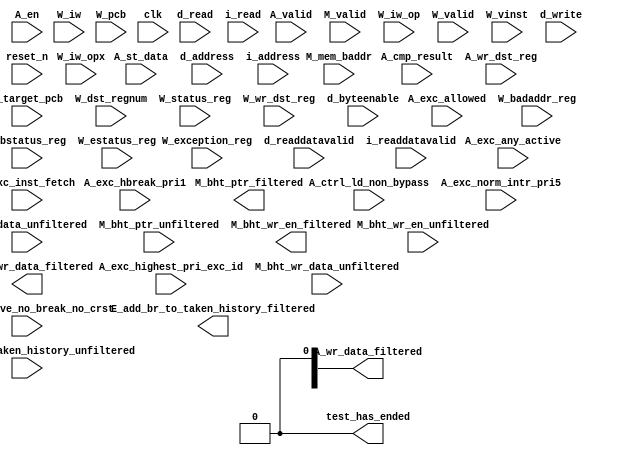
module max10_nios_basetester_cpu_cpu_test_bench (
                                                  // inputs:
                                                   A_cmp_result,
                                                   A_ctrl_ld_non_bypass,
                                                   A_en,
                                                   A_exc_active_no_break_no_crst,
                                                   A_exc_allowed,
                                                   A_exc_any_active,
                                                   A_exc_hbreak_pri1,
                                                   A_exc_highest_pri_exc_id,
                                                   A_exc_inst_fetch,
                                                   A_exc_norm_intr_pri5,
                                                   A_st_data,
                                                   A_valid,
                                                   A_wr_data_unfiltered,
                                                   A_wr_dst_reg,
                                                   E_add_br_to_taken_history_unfiltered,
                                                   M_bht_ptr_unfiltered,
                                                   M_bht_wr_data_unfiltered,
                                                   M_bht_wr_en_unfiltered,
                                                   M_mem_baddr,
                                                   M_target_pcb,
                                                   M_valid,
                                                   W_badaddr_reg,
                                                   W_bstatus_reg,
                                                   W_dst_regnum,
                                                   W_estatus_reg,
                                                   W_exception_reg,
                                                   W_iw,
                                                   W_iw_op,
                                                   W_iw_opx,
                                                   W_pcb,
                                                   W_status_reg,
                                                   W_valid,
                                                   W_vinst,
                                                   W_wr_dst_reg,
                                                   clk,
                                                   d_address,
                                                   d_byteenable,
                                                   d_read,
                                                   d_readdatavalid,
                                                   d_write,
                                                   i_address,
                                                   i_read,
                                                   i_readdatavalid,
                                                   reset_n,

                                                  // outputs:
                                                   A_wr_data_filtered,
                                                   E_add_br_to_taken_history_filtered,
                                                   M_bht_ptr_filtered,
                                                   M_bht_wr_data_filtered,
                                                   M_bht_wr_en_filtered,
                                                   test_has_ended
                                                )
;

  output  [ 31: 0] A_wr_data_filtered;
  output           E_add_br_to_taken_history_filtered;
  output  [  7: 0] M_bht_ptr_filtered;
  output  [  1: 0] M_bht_wr_data_filtered;
  output           M_bht_wr_en_filtered;
  output           test_has_ended;
  input            A_cmp_result;
  input            A_ctrl_ld_non_bypass;
  input            A_en;
  input            A_exc_active_no_break_no_crst;
  input            A_exc_allowed;
  input            A_exc_any_active;
  input            A_exc_hbreak_pri1;
  input   [ 31: 0] A_exc_highest_pri_exc_id;
  input            A_exc_inst_fetch;
  input            A_exc_norm_intr_pri5;
  input   [ 31: 0] A_st_data;
  input            A_valid;
  input   [ 31: 0] A_wr_data_unfiltered;
  input            A_wr_dst_reg;
  input            E_add_br_to_taken_history_unfiltered;
  input   [  7: 0] M_bht_ptr_unfiltered;
  input   [  1: 0] M_bht_wr_data_unfiltered;
  input            M_bht_wr_en_unfiltered;
  input   [ 16: 0] M_mem_baddr;
  input   [ 16: 0] M_target_pcb;
  input            M_valid;
  input   [ 31: 0] W_badaddr_reg;
  input   [ 31: 0] W_bstatus_reg;
  input   [  4: 0] W_dst_regnum;
  input   [ 31: 0] W_estatus_reg;
  input   [ 31: 0] W_exception_reg;
  input   [ 31: 0] W_iw;
  input   [  5: 0] W_iw_op;
  input   [  5: 0] W_iw_opx;
  input   [ 16: 0] W_pcb;
  input   [ 31: 0] W_status_reg;
  input            W_valid;
  input   [ 71: 0] W_vinst;
  input            W_wr_dst_reg;
  input            clk;
  input   [ 16: 0] d_address;
  input   [  3: 0] d_byteenable;
  input            d_read;
  input            d_readdatavalid;
  input            d_write;
  input   [ 16: 0] i_address;
  input            i_read;
  input            i_readdatavalid;
  input            reset_n;


wire             A_iw_invalid;
reg     [ 16: 0] A_mem_baddr;
reg     [ 16: 0] A_target_pcb;
wire    [ 31: 0] A_wr_data_filtered;
wire             A_wr_data_unfiltered_0_is_x;
wire             A_wr_data_unfiltered_10_is_x;
wire             A_wr_data_unfiltered_11_is_x;
wire             A_wr_data_unfiltered_12_is_x;
wire             A_wr_data_unfiltered_13_is_x;
wire             A_wr_data_unfiltered_14_is_x;
wire             A_wr_data_unfiltered_15_is_x;
wire             A_wr_data_unfiltered_16_is_x;
wire             A_wr_data_unfiltered_17_is_x;
wire             A_wr_data_unfiltered_18_is_x;
wire             A_wr_data_unfiltered_19_is_x;
wire             A_wr_data_unfiltered_1_is_x;
wire             A_wr_data_unfiltered_20_is_x;
wire             A_wr_data_unfiltered_21_is_x;
wire             A_wr_data_unfiltered_22_is_x;
wire             A_wr_data_unfiltered_23_is_x;
wire             A_wr_data_unfiltered_24_is_x;
wire             A_wr_data_unfiltered_25_is_x;
wire             A_wr_data_unfiltered_26_is_x;
wire             A_wr_data_unfiltered_27_is_x;
wire             A_wr_data_unfiltered_28_is_x;
wire             A_wr_data_unfiltered_29_is_x;
wire             A_wr_data_unfiltered_2_is_x;
wire             A_wr_data_unfiltered_30_is_x;
wire             A_wr_data_unfiltered_31_is_x;
wire             A_wr_data_unfiltered_3_is_x;
wire             A_wr_data_unfiltered_4_is_x;
wire             A_wr_data_unfiltered_5_is_x;
wire             A_wr_data_unfiltered_6_is_x;
wire             A_wr_data_unfiltered_7_is_x;
wire             A_wr_data_unfiltered_8_is_x;
wire             A_wr_data_unfiltered_9_is_x;
wire             E_add_br_to_taken_history_filtered;
wire             E_add_br_to_taken_history_unfiltered_is_x;
wire    [  7: 0] M_bht_ptr_filtered;
wire             M_bht_ptr_unfiltered_0_is_x;
wire             M_bht_ptr_unfiltered_1_is_x;
wire             M_bht_ptr_unfiltered_2_is_x;
wire             M_bht_ptr_unfiltered_3_is_x;
wire             M_bht_ptr_unfiltered_4_is_x;
wire             M_bht_ptr_unfiltered_5_is_x;
wire             M_bht_ptr_unfiltered_6_is_x;
wire             M_bht_ptr_unfiltered_7_is_x;
wire    [  1: 0] M_bht_wr_data_filtered;
wire             M_bht_wr_data_unfiltered_0_is_x;
wire             M_bht_wr_data_unfiltered_1_is_x;
wire             M_bht_wr_en_filtered;
wire             M_bht_wr_en_unfiltered_is_x;
reg              W_cmp_result;
reg              W_exc_any_active;
reg     [ 31: 0] W_exc_highest_pri_exc_id;
wire             W_is_opx_inst;
reg              W_iw_invalid;
wire             W_op_add;
wire             W_op_addi;
wire             W_op_and;
wire             W_op_andhi;
wire             W_op_andi;
wire             W_op_beq;
wire             W_op_bge;
wire             W_op_bgeu;
wire             W_op_blt;
wire             W_op_bltu;
wire             W_op_bne;
wire             W_op_br;
wire             W_op_break;
wire             W_op_bret;
wire             W_op_call;
wire             W_op_callr;
wire             W_op_cmpeq;
wire             W_op_cmpeqi;
wire             W_op_cmpge;
wire             W_op_cmpgei;
wire             W_op_cmpgeu;
wire             W_op_cmpgeui;
wire             W_op_cmplt;
wire             W_op_cmplti;
wire             W_op_cmpltu;
wire             W_op_cmpltui;
wire             W_op_cmpne;
wire             W_op_cmpnei;
wire             W_op_crst;
wire             W_op_custom;
wire             W_op_div;
wire             W_op_divu;
wire             W_op_eret;
wire             W_op_flushd;
wire             W_op_flushda;
wire             W_op_flushi;
wire             W_op_flushp;
wire             W_op_hbreak;
wire             W_op_initd;
wire             W_op_initda;
wire             W_op_initi;
wire             W_op_intr;
wire             W_op_jmp;
wire             W_op_jmpi;
wire             W_op_ldb;
wire             W_op_ldbio;
wire             W_op_ldbu;
wire             W_op_ldbuio;
wire             W_op_ldh;
wire             W_op_ldhio;
wire             W_op_ldhu;
wire             W_op_ldhuio;
wire             W_op_ldl;
wire             W_op_ldw;
wire             W_op_ldwio;
wire             W_op_mul;
wire             W_op_muli;
wire             W_op_mulxss;
wire             W_op_mulxsu;
wire             W_op_mulxuu;
wire             W_op_nextpc;
wire             W_op_nor;
wire             W_op_op_rsv02;
wire             W_op_op_rsv09;
wire             W_op_op_rsv10;
wire             W_op_op_rsv17;
wire             W_op_op_rsv18;
wire             W_op_op_rsv25;
wire             W_op_op_rsv26;
wire             W_op_op_rsv33;
wire             W_op_op_rsv34;
wire             W_op_op_rsv41;
wire             W_op_op_rsv42;
wire             W_op_op_rsv49;
wire             W_op_op_rsv57;
wire             W_op_op_rsv61;
wire             W_op_op_rsv62;
wire             W_op_op_rsv63;
wire             W_op_opx_rsv00;
wire             W_op_opx_rsv10;
wire             W_op_opx_rsv15;
wire             W_op_opx_rsv17;
wire             W_op_opx_rsv21;
wire             W_op_opx_rsv25;
wire             W_op_opx_rsv33;
wire             W_op_opx_rsv34;
wire             W_op_opx_rsv35;
wire             W_op_opx_rsv42;
wire             W_op_opx_rsv43;
wire             W_op_opx_rsv44;
wire             W_op_opx_rsv47;
wire             W_op_opx_rsv50;
wire             W_op_opx_rsv51;
wire             W_op_opx_rsv55;
wire             W_op_opx_rsv56;
wire             W_op_opx_rsv60;
wire             W_op_opx_rsv63;
wire             W_op_or;
wire             W_op_orhi;
wire             W_op_ori;
wire             W_op_rdctl;
wire             W_op_rdprs;
wire             W_op_ret;
wire             W_op_rol;
wire             W_op_roli;
wire             W_op_ror;
wire             W_op_sll;
wire             W_op_slli;
wire             W_op_sra;
wire             W_op_srai;
wire             W_op_srl;
wire             W_op_srli;
wire             W_op_stb;
wire             W_op_stbio;
wire             W_op_stc;
wire             W_op_sth;
wire             W_op_sthio;
wire             W_op_stw;
wire             W_op_stwio;
wire             W_op_sub;
wire             W_op_sync;
wire             W_op_trap;
wire             W_op_wrctl;
wire             W_op_wrprs;
wire             W_op_xor;
wire             W_op_xorhi;
wire             W_op_xori;
reg     [ 31: 0] W_st_data;
reg     [ 16: 0] W_target_pcb;
reg              W_valid_crst;
reg              W_valid_hbreak;
reg              W_valid_intr;
reg     [ 31: 0] W_wr_data_filtered;
wire             test_has_ended;
  assign W_op_call = W_iw_op == 0;
  assign W_op_jmpi = W_iw_op == 1;
  assign W_op_op_rsv02 = W_iw_op == 2;
  assign W_op_ldbu = W_iw_op == 3;
  assign W_op_addi = W_iw_op == 4;
  assign W_op_stb = W_iw_op == 5;
  assign W_op_br = W_iw_op == 6;
  assign W_op_ldb = W_iw_op == 7;
  assign W_op_cmpgei = W_iw_op == 8;
  assign W_op_op_rsv09 = W_iw_op == 9;
  assign W_op_op_rsv10 = W_iw_op == 10;
  assign W_op_ldhu = W_iw_op == 11;
  assign W_op_andi = W_iw_op == 12;
  assign W_op_sth = W_iw_op == 13;
  assign W_op_bge = W_iw_op == 14;
  assign W_op_ldh = W_iw_op == 15;
  assign W_op_cmplti = W_iw_op == 16;
  assign W_op_op_rsv17 = W_iw_op == 17;
  assign W_op_op_rsv18 = W_iw_op == 18;
  assign W_op_initda = W_iw_op == 19;
  assign W_op_ori = W_iw_op == 20;
  assign W_op_stw = W_iw_op == 21;
  assign W_op_blt = W_iw_op == 22;
  assign W_op_ldw = W_iw_op == 23;
  assign W_op_cmpnei = W_iw_op == 24;
  assign W_op_op_rsv25 = W_iw_op == 25;
  assign W_op_op_rsv26 = W_iw_op == 26;
  assign W_op_flushda = W_iw_op == 27;
  assign W_op_xori = W_iw_op == 28;
  assign W_op_stc = W_iw_op == 29;
  assign W_op_bne = W_iw_op == 30;
  assign W_op_ldl = W_iw_op == 31;
  assign W_op_cmpeqi = W_iw_op == 32;
  assign W_op_op_rsv33 = W_iw_op == 33;
  assign W_op_op_rsv34 = W_iw_op == 34;
  assign W_op_ldbuio = W_iw_op == 35;
  assign W_op_muli = W_iw_op == 36;
  assign W_op_stbio = W_iw_op == 37;
  assign W_op_beq = W_iw_op == 38;
  assign W_op_ldbio = W_iw_op == 39;
  assign W_op_cmpgeui = W_iw_op == 40;
  assign W_op_op_rsv41 = W_iw_op == 41;
  assign W_op_op_rsv42 = W_iw_op == 42;
  assign W_op_ldhuio = W_iw_op == 43;
  assign W_op_andhi = W_iw_op == 44;
  assign W_op_sthio = W_iw_op == 45;
  assign W_op_bgeu = W_iw_op == 46;
  assign W_op_ldhio = W_iw_op == 47;
  assign W_op_cmpltui = W_iw_op == 48;
  assign W_op_op_rsv49 = W_iw_op == 49;
  assign W_op_custom = W_iw_op == 50;
  assign W_op_initd = W_iw_op == 51;
  assign W_op_orhi = W_iw_op == 52;
  assign W_op_stwio = W_iw_op == 53;
  assign W_op_bltu = W_iw_op == 54;
  assign W_op_ldwio = W_iw_op == 55;
  assign W_op_rdprs = W_iw_op == 56;
  assign W_op_op_rsv57 = W_iw_op == 57;
  assign W_op_flushd = W_iw_op == 59;
  assign W_op_xorhi = W_iw_op == 60;
  assign W_op_op_rsv61 = W_iw_op == 61;
  assign W_op_op_rsv62 = W_iw_op == 62;
  assign W_op_op_rsv63 = W_iw_op == 63;
  assign W_op_opx_rsv00 = (W_iw_opx == 0) & W_is_opx_inst;
  assign W_op_eret = (W_iw_opx == 1) & W_is_opx_inst;
  assign W_op_roli = (W_iw_opx == 2) & W_is_opx_inst;
  assign W_op_rol = (W_iw_opx == 3) & W_is_opx_inst;
  assign W_op_flushp = (W_iw_opx == 4) & W_is_opx_inst;
  assign W_op_ret = (W_iw_opx == 5) & W_is_opx_inst;
  assign W_op_nor = (W_iw_opx == 6) & W_is_opx_inst;
  assign W_op_mulxuu = (W_iw_opx == 7) & W_is_opx_inst;
  assign W_op_cmpge = (W_iw_opx == 8) & W_is_opx_inst;
  assign W_op_bret = (W_iw_opx == 9) & W_is_opx_inst;
  assign W_op_opx_rsv10 = (W_iw_opx == 10) & W_is_opx_inst;
  assign W_op_ror = (W_iw_opx == 11) & W_is_opx_inst;
  assign W_op_flushi = (W_iw_opx == 12) & W_is_opx_inst;
  assign W_op_jmp = (W_iw_opx == 13) & W_is_opx_inst;
  assign W_op_and = (W_iw_opx == 14) & W_is_opx_inst;
  assign W_op_opx_rsv15 = (W_iw_opx == 15) & W_is_opx_inst;
  assign W_op_cmplt = (W_iw_opx == 16) & W_is_opx_inst;
  assign W_op_opx_rsv17 = (W_iw_opx == 17) & W_is_opx_inst;
  assign W_op_slli = (W_iw_opx == 18) & W_is_opx_inst;
  assign W_op_sll = (W_iw_opx == 19) & W_is_opx_inst;
  assign W_op_wrprs = (W_iw_opx == 20) & W_is_opx_inst;
  assign W_op_opx_rsv21 = (W_iw_opx == 21) & W_is_opx_inst;
  assign W_op_or = (W_iw_opx == 22) & W_is_opx_inst;
  assign W_op_mulxsu = (W_iw_opx == 23) & W_is_opx_inst;
  assign W_op_cmpne = (W_iw_opx == 24) & W_is_opx_inst;
  assign W_op_opx_rsv25 = (W_iw_opx == 25) & W_is_opx_inst;
  assign W_op_srli = (W_iw_opx == 26) & W_is_opx_inst;
  assign W_op_srl = (W_iw_opx == 27) & W_is_opx_inst;
  assign W_op_nextpc = (W_iw_opx == 28) & W_is_opx_inst;
  assign W_op_callr = (W_iw_opx == 29) & W_is_opx_inst;
  assign W_op_xor = (W_iw_opx == 30) & W_is_opx_inst;
  assign W_op_mulxss = (W_iw_opx == 31) & W_is_opx_inst;
  assign W_op_cmpeq = (W_iw_opx == 32) & W_is_opx_inst;
  assign W_op_opx_rsv33 = (W_iw_opx == 33) & W_is_opx_inst;
  assign W_op_opx_rsv34 = (W_iw_opx == 34) & W_is_opx_inst;
  assign W_op_opx_rsv35 = (W_iw_opx == 35) & W_is_opx_inst;
  assign W_op_divu = (W_iw_opx == 36) & W_is_opx_inst;
  assign W_op_div = (W_iw_opx == 37) & W_is_opx_inst;
  assign W_op_rdctl = (W_iw_opx == 38) & W_is_opx_inst;
  assign W_op_mul = (W_iw_opx == 39) & W_is_opx_inst;
  assign W_op_cmpgeu = (W_iw_opx == 40) & W_is_opx_inst;
  assign W_op_initi = (W_iw_opx == 41) & W_is_opx_inst;
  assign W_op_opx_rsv42 = (W_iw_opx == 42) & W_is_opx_inst;
  assign W_op_opx_rsv43 = (W_iw_opx == 43) & W_is_opx_inst;
  assign W_op_opx_rsv44 = (W_iw_opx == 44) & W_is_opx_inst;
  assign W_op_trap = (W_iw_opx == 45) & W_is_opx_inst;
  assign W_op_wrctl = (W_iw_opx == 46) & W_is_opx_inst;
  assign W_op_opx_rsv47 = (W_iw_opx == 47) & W_is_opx_inst;
  assign W_op_cmpltu = (W_iw_opx == 48) & W_is_opx_inst;
  assign W_op_add = (W_iw_opx == 49) & W_is_opx_inst;
  assign W_op_opx_rsv50 = (W_iw_opx == 50) & W_is_opx_inst;
  assign W_op_opx_rsv51 = (W_iw_opx == 51) & W_is_opx_inst;
  assign W_op_break = (W_iw_opx == 52) & W_is_opx_inst;
  assign W_op_hbreak = (W_iw_opx == 53) & W_is_opx_inst;
  assign W_op_sync = (W_iw_opx == 54) & W_is_opx_inst;
  assign W_op_opx_rsv55 = (W_iw_opx == 55) & W_is_opx_inst;
  assign W_op_opx_rsv56 = (W_iw_opx == 56) & W_is_opx_inst;
  assign W_op_sub = (W_iw_opx == 57) & W_is_opx_inst;
  assign W_op_srai = (W_iw_opx == 58) & W_is_opx_inst;
  assign W_op_sra = (W_iw_opx == 59) & W_is_opx_inst;
  assign W_op_opx_rsv60 = (W_iw_opx == 60) & W_is_opx_inst;
  assign W_op_intr = (W_iw_opx == 61) & W_is_opx_inst;
  assign W_op_crst = (W_iw_opx == 62) & W_is_opx_inst;
  assign W_op_opx_rsv63 = (W_iw_opx == 63) & W_is_opx_inst;
  assign W_is_opx_inst = W_iw_op == 58;
  always @(posedge clk or negedge reset_n)
    begin
      if (reset_n == 0)
          A_target_pcb <= 0;
      else if (A_en)
          A_target_pcb <= M_target_pcb;
    end


  always @(posedge clk or negedge reset_n)
    begin
      if (reset_n == 0)
          A_mem_baddr <= 0;
      else if (A_en)
          A_mem_baddr <= M_mem_baddr;
    end


  always @(posedge clk or negedge reset_n)
    begin
      if (reset_n == 0)
          W_wr_data_filtered <= 0;
      else 
        W_wr_data_filtered <= A_wr_data_filtered;
    end


  always @(posedge clk or negedge reset_n)
    begin
      if (reset_n == 0)
          W_st_data <= 0;
      else 
        W_st_data <= A_st_data;
    end


  always @(posedge clk or negedge reset_n)
    begin
      if (reset_n == 0)
          W_cmp_result <= 0;
      else 
        W_cmp_result <= A_cmp_result;
    end


  always @(posedge clk or negedge reset_n)
    begin
      if (reset_n == 0)
          W_target_pcb <= 0;
      else 
        W_target_pcb <= A_target_pcb;
    end


  always @(posedge clk or negedge reset_n)
    begin
      if (reset_n == 0)
          W_valid_hbreak <= 0;
      else 
        W_valid_hbreak <= A_exc_allowed & A_exc_hbreak_pri1;
    end


  always @(posedge clk or negedge reset_n)
    begin
      if (reset_n == 0)
          W_valid_crst <= 0;
      else 
        W_valid_crst <= A_exc_allowed & 0;
    end


  always @(posedge clk or negedge reset_n)
    begin
      if (reset_n == 0)
          W_valid_intr <= 0;
      else 
        W_valid_intr <= A_exc_allowed & A_exc_norm_intr_pri5;
    end


  always @(posedge clk or negedge reset_n)
    begin
      if (reset_n == 0)
          W_exc_any_active <= 0;
      else 
        W_exc_any_active <= A_exc_any_active;
    end


  always @(posedge clk or negedge reset_n)
    begin
      if (reset_n == 0)
          W_exc_highest_pri_exc_id <= 0;
      else 
        W_exc_highest_pri_exc_id <= A_exc_highest_pri_exc_id;
    end


  assign A_iw_invalid = A_exc_inst_fetch & A_exc_active_no_break_no_crst;
  always @(posedge clk or negedge reset_n)
    begin
      if (reset_n == 0)
          W_iw_invalid <= 0;
      else 
        W_iw_invalid <= A_iw_invalid;
    end


  assign test_has_ended = 1'b0;

//synthesis translate_off
//////////////// SIMULATION-ONLY CONTENTS
  //Clearing 'X' data bits
  assign A_wr_data_unfiltered_0_is_x = ^(A_wr_data_unfiltered[0]) === 1'bx;

  assign A_wr_data_filtered[0] = (A_wr_data_unfiltered_0_is_x & (A_ctrl_ld_non_bypass)) ? 1'b0 : A_wr_data_unfiltered[0];
  assign A_wr_data_unfiltered_1_is_x = ^(A_wr_data_unfiltered[1]) === 1'bx;
  assign A_wr_data_filtered[1] = (A_wr_data_unfiltered_1_is_x & (A_ctrl_ld_non_bypass)) ? 1'b0 : A_wr_data_unfiltered[1];
  assign A_wr_data_unfiltered_2_is_x = ^(A_wr_data_unfiltered[2]) === 1'bx;
  assign A_wr_data_filtered[2] = (A_wr_data_unfiltered_2_is_x & (A_ctrl_ld_non_bypass)) ? 1'b0 : A_wr_data_unfiltered[2];
  assign A_wr_data_unfiltered_3_is_x = ^(A_wr_data_unfiltered[3]) === 1'bx;
  assign A_wr_data_filtered[3] = (A_wr_data_unfiltered_3_is_x & (A_ctrl_ld_non_bypass)) ? 1'b0 : A_wr_data_unfiltered[3];
  assign A_wr_data_unfiltered_4_is_x = ^(A_wr_data_unfiltered[4]) === 1'bx;
  assign A_wr_data_filtered[4] = (A_wr_data_unfiltered_4_is_x & (A_ctrl_ld_non_bypass)) ? 1'b0 : A_wr_data_unfiltered[4];
  assign A_wr_data_unfiltered_5_is_x = ^(A_wr_data_unfiltered[5]) === 1'bx;
  assign A_wr_data_filtered[5] = (A_wr_data_unfiltered_5_is_x & (A_ctrl_ld_non_bypass)) ? 1'b0 : A_wr_data_unfiltered[5];
  assign A_wr_data_unfiltered_6_is_x = ^(A_wr_data_unfiltered[6]) === 1'bx;
  assign A_wr_data_filtered[6] = (A_wr_data_unfiltered_6_is_x & (A_ctrl_ld_non_bypass)) ? 1'b0 : A_wr_data_unfiltered[6];
  assign A_wr_data_unfiltered_7_is_x = ^(A_wr_data_unfiltered[7]) === 1'bx;
  assign A_wr_data_filtered[7] = (A_wr_data_unfiltered_7_is_x & (A_ctrl_ld_non_bypass)) ? 1'b0 : A_wr_data_unfiltered[7];
  assign A_wr_data_unfiltered_8_is_x = ^(A_wr_data_unfiltered[8]) === 1'bx;
  assign A_wr_data_filtered[8] = (A_wr_data_unfiltered_8_is_x & (A_ctrl_ld_non_bypass)) ? 1'b0 : A_wr_data_unfiltered[8];
  assign A_wr_data_unfiltered_9_is_x = ^(A_wr_data_unfiltered[9]) === 1'bx;
  assign A_wr_data_filtered[9] = (A_wr_data_unfiltered_9_is_x & (A_ctrl_ld_non_bypass)) ? 1'b0 : A_wr_data_unfiltered[9];
  assign A_wr_data_unfiltered_10_is_x = ^(A_wr_data_unfiltered[10]) === 1'bx;
  assign A_wr_data_filtered[10] = (A_wr_data_unfiltered_10_is_x & (A_ctrl_ld_non_bypass)) ? 1'b0 : A_wr_data_unfiltered[10];
  assign A_wr_data_unfiltered_11_is_x = ^(A_wr_data_unfiltered[11]) === 1'bx;
  assign A_wr_data_filtered[11] = (A_wr_data_unfiltered_11_is_x & (A_ctrl_ld_non_bypass)) ? 1'b0 : A_wr_data_unfiltered[11];
  assign A_wr_data_unfiltered_12_is_x = ^(A_wr_data_unfiltered[12]) === 1'bx;
  assign A_wr_data_filtered[12] = (A_wr_data_unfiltered_12_is_x & (A_ctrl_ld_non_bypass)) ? 1'b0 : A_wr_data_unfiltered[12];
  assign A_wr_data_unfiltered_13_is_x = ^(A_wr_data_unfiltered[13]) === 1'bx;
  assign A_wr_data_filtered[13] = (A_wr_data_unfiltered_13_is_x & (A_ctrl_ld_non_bypass)) ? 1'b0 : A_wr_data_unfiltered[13];
  assign A_wr_data_unfiltered_14_is_x = ^(A_wr_data_unfiltered[14]) === 1'bx;
  assign A_wr_data_filtered[14] = (A_wr_data_unfiltered_14_is_x & (A_ctrl_ld_non_bypass)) ? 1'b0 : A_wr_data_unfiltered[14];
  assign A_wr_data_unfiltered_15_is_x = ^(A_wr_data_unfiltered[15]) === 1'bx;
  assign A_wr_data_filtered[15] = (A_wr_data_unfiltered_15_is_x & (A_ctrl_ld_non_bypass)) ? 1'b0 : A_wr_data_unfiltered[15];
  assign A_wr_data_unfiltered_16_is_x = ^(A_wr_data_unfiltered[16]) === 1'bx;
  assign A_wr_data_filtered[16] = (A_wr_data_unfiltered_16_is_x & (A_ctrl_ld_non_bypass)) ? 1'b0 : A_wr_data_unfiltered[16];
  assign A_wr_data_unfiltered_17_is_x = ^(A_wr_data_unfiltered[17]) === 1'bx;
  assign A_wr_data_filtered[17] = (A_wr_data_unfiltered_17_is_x & (A_ctrl_ld_non_bypass)) ? 1'b0 : A_wr_data_unfiltered[17];
  assign A_wr_data_unfiltered_18_is_x = ^(A_wr_data_unfiltered[18]) === 1'bx;
  assign A_wr_data_filtered[18] = (A_wr_data_unfiltered_18_is_x & (A_ctrl_ld_non_bypass)) ? 1'b0 : A_wr_data_unfiltered[18];
  assign A_wr_data_unfiltered_19_is_x = ^(A_wr_data_unfiltered[19]) === 1'bx;
  assign A_wr_data_filtered[19] = (A_wr_data_unfiltered_19_is_x & (A_ctrl_ld_non_bypass)) ? 1'b0 : A_wr_data_unfiltered[19];
  assign A_wr_data_unfiltered_20_is_x = ^(A_wr_data_unfiltered[20]) === 1'bx;
  assign A_wr_data_filtered[20] = (A_wr_data_unfiltered_20_is_x & (A_ctrl_ld_non_bypass)) ? 1'b0 : A_wr_data_unfiltered[20];
  assign A_wr_data_unfiltered_21_is_x = ^(A_wr_data_unfiltered[21]) === 1'bx;
  assign A_wr_data_filtered[21] = (A_wr_data_unfiltered_21_is_x & (A_ctrl_ld_non_bypass)) ? 1'b0 : A_wr_data_unfiltered[21];
  assign A_wr_data_unfiltered_22_is_x = ^(A_wr_data_unfiltered[22]) === 1'bx;
  assign A_wr_data_filtered[22] = (A_wr_data_unfiltered_22_is_x & (A_ctrl_ld_non_bypass)) ? 1'b0 : A_wr_data_unfiltered[22];
  assign A_wr_data_unfiltered_23_is_x = ^(A_wr_data_unfiltered[23]) === 1'bx;
  assign A_wr_data_filtered[23] = (A_wr_data_unfiltered_23_is_x & (A_ctrl_ld_non_bypass)) ? 1'b0 : A_wr_data_unfiltered[23];
  assign A_wr_data_unfiltered_24_is_x = ^(A_wr_data_unfiltered[24]) === 1'bx;
  assign A_wr_data_filtered[24] = (A_wr_data_unfiltered_24_is_x & (A_ctrl_ld_non_bypass)) ? 1'b0 : A_wr_data_unfiltered[24];
  assign A_wr_data_unfiltered_25_is_x = ^(A_wr_data_unfiltered[25]) === 1'bx;
  assign A_wr_data_filtered[25] = (A_wr_data_unfiltered_25_is_x & (A_ctrl_ld_non_bypass)) ? 1'b0 : A_wr_data_unfiltered[25];
  assign A_wr_data_unfiltered_26_is_x = ^(A_wr_data_unfiltered[26]) === 1'bx;
  assign A_wr_data_filtered[26] = (A_wr_data_unfiltered_26_is_x & (A_ctrl_ld_non_bypass)) ? 1'b0 : A_wr_data_unfiltered[26];
  assign A_wr_data_unfiltered_27_is_x = ^(A_wr_data_unfiltered[27]) === 1'bx;
  assign A_wr_data_filtered[27] = (A_wr_data_unfiltered_27_is_x & (A_ctrl_ld_non_bypass)) ? 1'b0 : A_wr_data_unfiltered[27];
  assign A_wr_data_unfiltered_28_is_x = ^(A_wr_data_unfiltered[28]) === 1'bx;
  assign A_wr_data_filtered[28] = (A_wr_data_unfiltered_28_is_x & (A_ctrl_ld_non_bypass)) ? 1'b0 : A_wr_data_unfiltered[28];
  assign A_wr_data_unfiltered_29_is_x = ^(A_wr_data_unfiltered[29]) === 1'bx;
  assign A_wr_data_filtered[29] = (A_wr_data_unfiltered_29_is_x & (A_ctrl_ld_non_bypass)) ? 1'b0 : A_wr_data_unfiltered[29];
  assign A_wr_data_unfiltered_30_is_x = ^(A_wr_data_unfiltered[30]) === 1'bx;
  assign A_wr_data_filtered[30] = (A_wr_data_unfiltered_30_is_x & (A_ctrl_ld_non_bypass)) ? 1'b0 : A_wr_data_unfiltered[30];
  assign A_wr_data_unfiltered_31_is_x = ^(A_wr_data_unfiltered[31]) === 1'bx;
  assign A_wr_data_filtered[31] = (A_wr_data_unfiltered_31_is_x & (A_ctrl_ld_non_bypass)) ? 1'b0 : A_wr_data_unfiltered[31];
  //Clearing 'X' data bits
  assign E_add_br_to_taken_history_unfiltered_is_x = ^(E_add_br_to_taken_history_unfiltered) === 1'bx;

  assign E_add_br_to_taken_history_filtered = E_add_br_to_taken_history_unfiltered_is_x ? 1'b0 : E_add_br_to_taken_history_unfiltered;
  //Clearing 'X' data bits
  assign M_bht_wr_en_unfiltered_is_x = ^(M_bht_wr_en_unfiltered) === 1'bx;

  assign M_bht_wr_en_filtered = M_bht_wr_en_unfiltered_is_x ? 1'b0 : M_bht_wr_en_unfiltered;
  //Clearing 'X' data bits
  assign M_bht_wr_data_unfiltered_0_is_x = ^(M_bht_wr_data_unfiltered[0]) === 1'bx;

  assign M_bht_wr_data_filtered[0] = M_bht_wr_data_unfiltered_0_is_x ? 1'b0 : M_bht_wr_data_unfiltered[0];
  assign M_bht_wr_data_unfiltered_1_is_x = ^(M_bht_wr_data_unfiltered[1]) === 1'bx;
  assign M_bht_wr_data_filtered[1] = M_bht_wr_data_unfiltered_1_is_x ? 1'b0 : M_bht_wr_data_unfiltered[1];
  //Clearing 'X' data bits
  assign M_bht_ptr_unfiltered_0_is_x = ^(M_bht_ptr_unfiltered[0]) === 1'bx;

  assign M_bht_ptr_filtered[0] = M_bht_ptr_unfiltered_0_is_x ? 1'b0 : M_bht_ptr_unfiltered[0];
  assign M_bht_ptr_unfiltered_1_is_x = ^(M_bht_ptr_unfiltered[1]) === 1'bx;
  assign M_bht_ptr_filtered[1] = M_bht_ptr_unfiltered_1_is_x ? 1'b0 : M_bht_ptr_unfiltered[1];
  assign M_bht_ptr_unfiltered_2_is_x = ^(M_bht_ptr_unfiltered[2]) === 1'bx;
  assign M_bht_ptr_filtered[2] = M_bht_ptr_unfiltered_2_is_x ? 1'b0 : M_bht_ptr_unfiltered[2];
  assign M_bht_ptr_unfiltered_3_is_x = ^(M_bht_ptr_unfiltered[3]) === 1'bx;
  assign M_bht_ptr_filtered[3] = M_bht_ptr_unfiltered_3_is_x ? 1'b0 : M_bht_ptr_unfiltered[3];
  assign M_bht_ptr_unfiltered_4_is_x = ^(M_bht_ptr_unfiltered[4]) === 1'bx;
  assign M_bht_ptr_filtered[4] = M_bht_ptr_unfiltered_4_is_x ? 1'b0 : M_bht_ptr_unfiltered[4];
  assign M_bht_ptr_unfiltered_5_is_x = ^(M_bht_ptr_unfiltered[5]) === 1'bx;
  assign M_bht_ptr_filtered[5] = M_bht_ptr_unfiltered_5_is_x ? 1'b0 : M_bht_ptr_unfiltered[5];
  assign M_bht_ptr_unfiltered_6_is_x = ^(M_bht_ptr_unfiltered[6]) === 1'bx;
  assign M_bht_ptr_filtered[6] = M_bht_ptr_unfiltered_6_is_x ? 1'b0 : M_bht_ptr_unfiltered[6];
  assign M_bht_ptr_unfiltered_7_is_x = ^(M_bht_ptr_unfiltered[7]) === 1'bx;
  assign M_bht_ptr_filtered[7] = M_bht_ptr_unfiltered_7_is_x ? 1'b0 : M_bht_ptr_unfiltered[7];
  always @(posedge clk)
    begin
      if (reset_n)
          if (^(W_wr_dst_reg) === 1'bx)
            begin
              $write("%0d ns: ERROR: max10_nios_basetester_cpu_cpu_test_bench/W_wr_dst_reg is 'x'\n", $time);
              $stop;
            end
    end


  always @(posedge clk or negedge reset_n)
    begin
      if (reset_n == 0)
        begin
        end
      else if (W_wr_dst_reg)
          if (^(W_dst_regnum) === 1'bx)
            begin
              $write("%0d ns: ERROR: max10_nios_basetester_cpu_cpu_test_bench/W_dst_regnum is 'x'\n", $time);
              $stop;
            end
    end


  always @(posedge clk)
    begin
      if (reset_n)
          if (^(W_valid) === 1'bx)
            begin
              $write("%0d ns: ERROR: max10_nios_basetester_cpu_cpu_test_bench/W_valid is 'x'\n", $time);
              $stop;
            end
    end


  always @(posedge clk or negedge reset_n)
    begin
      if (reset_n == 0)
        begin
        end
      else if (W_valid)
          if (^(W_pcb) === 1'bx)
            begin
              $write("%0d ns: ERROR: max10_nios_basetester_cpu_cpu_test_bench/W_pcb is 'x'\n", $time);
              $stop;
            end
    end


  always @(posedge clk or negedge reset_n)
    begin
      if (reset_n == 0)
        begin
        end
      else if (W_valid)
          if (^(W_iw) === 1'bx)
            begin
              $write("%0d ns: ERROR: max10_nios_basetester_cpu_cpu_test_bench/W_iw is 'x'\n", $time);
              $stop;
            end
    end


  always @(posedge clk)
    begin
      if (reset_n)
          if (^(A_en) === 1'bx)
            begin
              $write("%0d ns: ERROR: max10_nios_basetester_cpu_cpu_test_bench/A_en is 'x'\n", $time);
              $stop;
            end
    end


  always @(posedge clk)
    begin
      if (reset_n)
          if (^(M_valid) === 1'bx)
            begin
              $write("%0d ns: ERROR: max10_nios_basetester_cpu_cpu_test_bench/M_valid is 'x'\n", $time);
              $stop;
            end
    end


  always @(posedge clk)
    begin
      if (reset_n)
          if (^(A_valid) === 1'bx)
            begin
              $write("%0d ns: ERROR: max10_nios_basetester_cpu_cpu_test_bench/A_valid is 'x'\n", $time);
              $stop;
            end
    end


  always @(posedge clk or negedge reset_n)
    begin
      if (reset_n == 0)
        begin
        end
      else if (A_valid & A_en & A_wr_dst_reg)
          if (^(A_wr_data_unfiltered) === 1'bx)
            begin
              $write("%0d ns: WARNING: max10_nios_basetester_cpu_cpu_test_bench/A_wr_data_unfiltered is 'x'\n", $time);
            end
    end


  always @(posedge clk)
    begin
      if (reset_n)
          if (^(W_status_reg) === 1'bx)
            begin
              $write("%0d ns: ERROR: max10_nios_basetester_cpu_cpu_test_bench/W_status_reg is 'x'\n", $time);
              $stop;
            end
    end


  always @(posedge clk)
    begin
      if (reset_n)
          if (^(W_estatus_reg) === 1'bx)
            begin
              $write("%0d ns: ERROR: max10_nios_basetester_cpu_cpu_test_bench/W_estatus_reg is 'x'\n", $time);
              $stop;
            end
    end


  always @(posedge clk)
    begin
      if (reset_n)
          if (^(W_bstatus_reg) === 1'bx)
            begin
              $write("%0d ns: ERROR: max10_nios_basetester_cpu_cpu_test_bench/W_bstatus_reg is 'x'\n", $time);
              $stop;
            end
    end


  always @(posedge clk)
    begin
      if (reset_n)
          if (^(W_exception_reg) === 1'bx)
            begin
              $write("%0d ns: ERROR: max10_nios_basetester_cpu_cpu_test_bench/W_exception_reg is 'x'\n", $time);
              $stop;
            end
    end


  always @(posedge clk)
    begin
      if (reset_n)
          if (^(W_badaddr_reg) === 1'bx)
            begin
              $write("%0d ns: ERROR: max10_nios_basetester_cpu_cpu_test_bench/W_badaddr_reg is 'x'\n", $time);
              $stop;
            end
    end


  always @(posedge clk)
    begin
      if (reset_n)
          if (^(A_exc_any_active) === 1'bx)
            begin
              $write("%0d ns: ERROR: max10_nios_basetester_cpu_cpu_test_bench/A_exc_any_active is 'x'\n", $time);
              $stop;
            end
    end


  always @(posedge clk)
    begin
      if (reset_n)
          if (^(i_read) === 1'bx)
            begin
              $write("%0d ns: ERROR: max10_nios_basetester_cpu_cpu_test_bench/i_read is 'x'\n", $time);
              $stop;
            end
    end


  always @(posedge clk or negedge reset_n)
    begin
      if (reset_n == 0)
        begin
        end
      else if (i_read)
          if (^(i_address) === 1'bx)
            begin
              $write("%0d ns: ERROR: max10_nios_basetester_cpu_cpu_test_bench/i_address is 'x'\n", $time);
              $stop;
            end
    end


  always @(posedge clk)
    begin
      if (reset_n)
          if (^(d_write) === 1'bx)
            begin
              $write("%0d ns: ERROR: max10_nios_basetester_cpu_cpu_test_bench/d_write is 'x'\n", $time);
              $stop;
            end
    end


  always @(posedge clk or negedge reset_n)
    begin
      if (reset_n == 0)
        begin
        end
      else if (d_write)
          if (^(d_byteenable) === 1'bx)
            begin
              $write("%0d ns: ERROR: max10_nios_basetester_cpu_cpu_test_bench/d_byteenable is 'x'\n", $time);
              $stop;
            end
    end


  always @(posedge clk or negedge reset_n)
    begin
      if (reset_n == 0)
        begin
        end
      else if (d_write | d_read)
          if (^(d_address) === 1'bx)
            begin
              $write("%0d ns: ERROR: max10_nios_basetester_cpu_cpu_test_bench/d_address is 'x'\n", $time);
              $stop;
            end
    end


  always @(posedge clk)
    begin
      if (reset_n)
          if (^(d_read) === 1'bx)
            begin
              $write("%0d ns: ERROR: max10_nios_basetester_cpu_cpu_test_bench/d_read is 'x'\n", $time);
              $stop;
            end
    end


  always @(posedge clk)
    begin
      if (reset_n)
          if (^(i_readdatavalid) === 1'bx)
            begin
              $write("%0d ns: ERROR: max10_nios_basetester_cpu_cpu_test_bench/i_readdatavalid is 'x'\n", $time);
              $stop;
            end
    end


  always @(posedge clk)
    begin
      if (reset_n)
          if (^(d_readdatavalid) === 1'bx)
            begin
              $write("%0d ns: ERROR: max10_nios_basetester_cpu_cpu_test_bench/d_readdatavalid is 'x'\n", $time);
              $stop;
            end
    end



//////////////// END SIMULATION-ONLY CONTENTS

//synthesis translate_on
//synthesis read_comments_as_HDL on
//  
//  assign A_wr_data_filtered = A_wr_data_unfiltered;
//
//  
//  assign E_add_br_to_taken_history_filtered = E_add_br_to_taken_history_unfiltered;
//
//  
//  assign M_bht_wr_en_filtered = M_bht_wr_en_unfiltered;
//
//  
//  assign M_bht_wr_data_filtered = M_bht_wr_data_unfiltered;
//
//  
//  assign M_bht_ptr_filtered = M_bht_ptr_unfiltered;
//
//synthesis read_comments_as_HDL off

endmodule